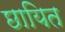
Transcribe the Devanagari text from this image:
छायित